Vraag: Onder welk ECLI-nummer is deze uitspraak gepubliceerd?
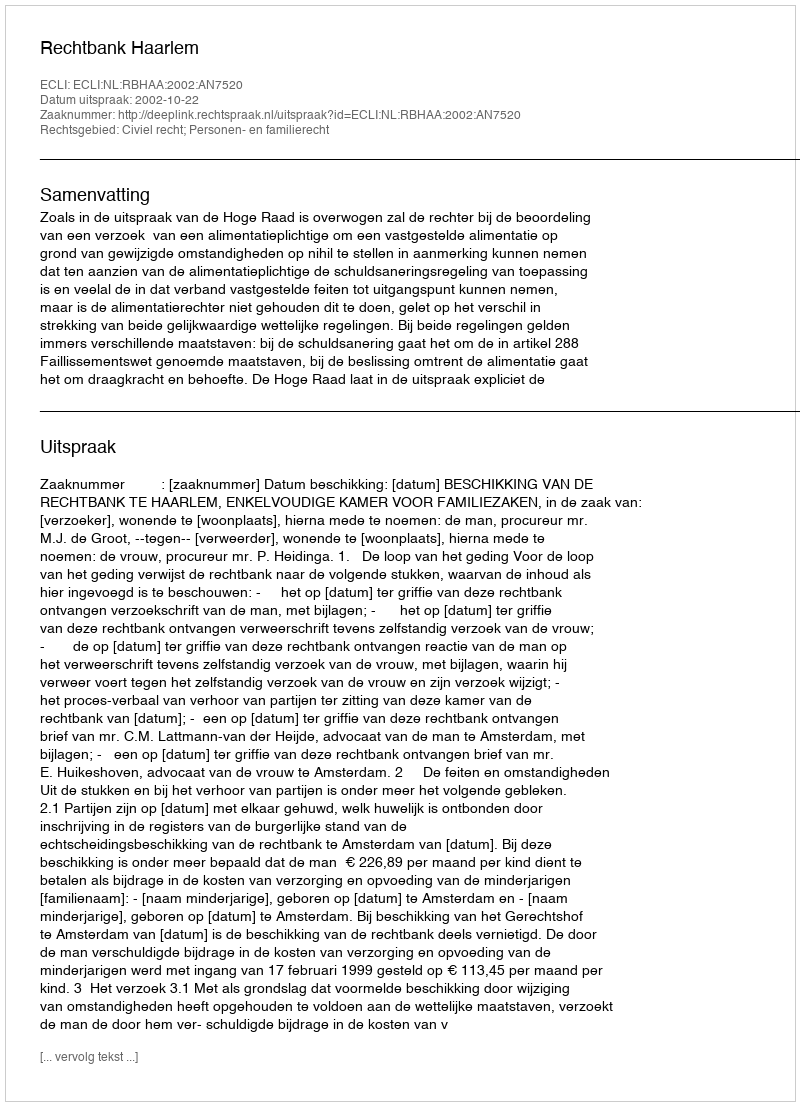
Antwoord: ECLI:NL:RBHAA:2002:AN7520